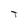
Character: T